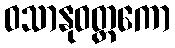
ဝသာနုဝတ္တကော